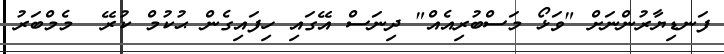
ފަނޑިޔާރުންނަށް "ވަޅޯ މަސްބުރިއެއް" ދިނަސް އޭގައި ހިފައިގެން ޙުކުމް ކުރޭ  މެމްބަރު